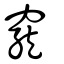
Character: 竉